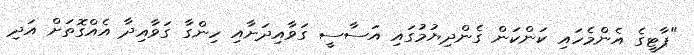
"ޕާޓީގެ އެންމެހައި ކަންކަން ގެންދިޔުމުގައި އަސާސީ ގަވާއިދަށާއި ހިންގާ ގަވާއިދާ އެއްގޮތަށް އަދި